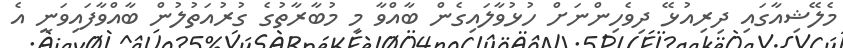
މެލޭޝިއާގައި ދިރިއުޅޭ ދިވެހިންނަށް ހުޅުވާލައިގެން ބާއްވާ މި މުބާރާތުގެ ގުރުއަތުލުން ބާއްވާފައިވަނީ އެ